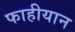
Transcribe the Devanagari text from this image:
फाहीयान